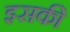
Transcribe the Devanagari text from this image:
इसकीे